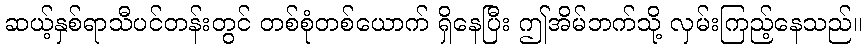
ဆယ့်နှစ်ရာသီပင်တန်းတွင် တစ်စုံတစ်ယောက် ရှိနေပြီး ဤအိမ်ဘက်သို့ လှမ်းကြည့်နေသည်။